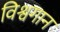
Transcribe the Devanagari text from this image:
विश्वगान